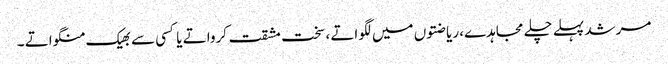
مرشد پہلے چلے مجاہدے، ریاضتوں میں لگواتے ، سخت مشقت کرواتے یا کسی سے بھیک منگواتے ۔